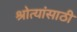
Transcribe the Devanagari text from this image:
श्रोत्यांसाठी